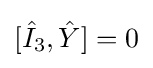
[{\hat {I}}_{3},{\hat {Y}}]=0